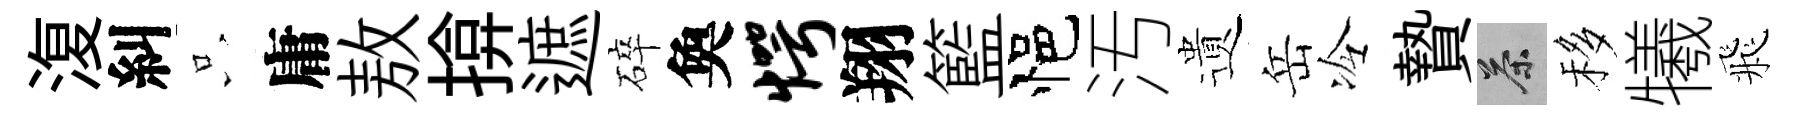
𣸪糾只庸敖揜遮碎奐愕翔籃悒汚遺岳冷贄茶移犧飛